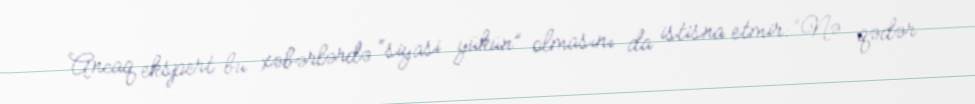
Ancaq ekspert bu xəbərlərdə “siyasi yükün” olmasını da istisna etmir: “Nə qədər